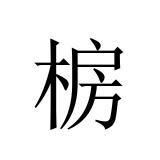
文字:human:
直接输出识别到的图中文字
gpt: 椖